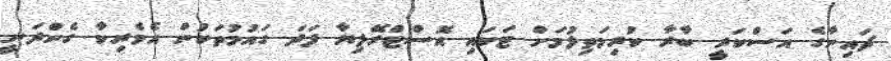
ޗައިނާގެ އަސްކަރީ ބާރާ ކުރިމަތިލުމަށް ޓަކައި އޮސްޓްރޭލިޔާ ފަދަ ގައުމުތަކުން އެމެރިކާ ގެންދަނީ